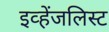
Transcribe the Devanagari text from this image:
इव्हेंजलिस्ट